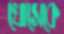
খোসেকে